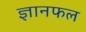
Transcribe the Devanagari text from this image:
ज्ञानफल